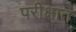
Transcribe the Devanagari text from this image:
परीक्षात